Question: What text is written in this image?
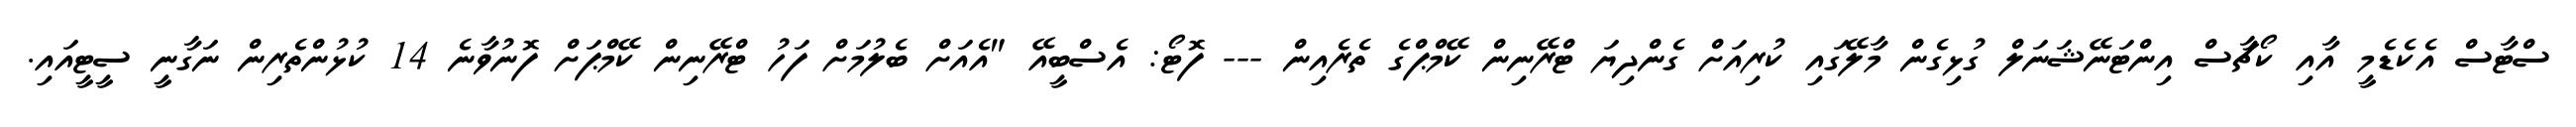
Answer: ސްޓާސް އެކެޑެމީ އާއި ކޯޗާސް އިންޓަނޭޝަނަލް ގުޅިގެން މާލޭގައި ކުރިއަށް ގެންދިޔަ ޓްރޭނިން ކޭމްޕްގެ ތެރެއިން --- ފޮޓޯ: އެސްބީއޭ "އެއަށް ބެލުމަށް ފަހު ޓްރޭނިން ކޭމްޕަށް ފޮނުވާނެ 14 ކުޅުންތެރިން ނަގާނީ ސީޓީއައި.